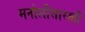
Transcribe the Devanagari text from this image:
मनोलीसारखी